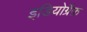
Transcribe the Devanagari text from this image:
इडियोग्रैफ़